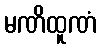
မဏိထူဏံ